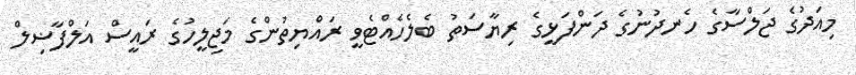
މިއަދުގެ ޖަލްސާގެ ހެނދުނުގެ ދަންފަޅީގެ ރިޔާސަތު ބެލެހެއްޓެވީ ރައްޔިތުންގެ މަޖިލީހުގެ ރައީސް އަލްފާޟިލް